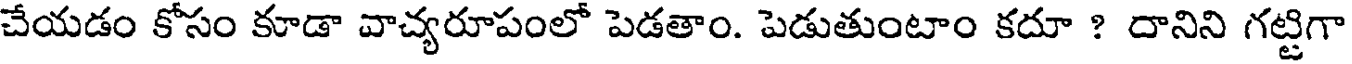
చేయడం కోసం కూడా వాచ్యరూపంలో పెడతాం. పెడుతుంటాం కదూ ? దానిని గట్టిగా